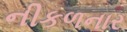
નીકળનાર